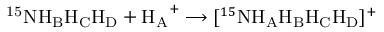
\mathrm { ^ { 1 5 } N H _ { B } H _ { C } H _ { D } } + \mathrm { H _ { A } } ^ { + } \longrightarrow [ ^ { 1 5 } \mathrm { N H _ { A } H _ { B } H _ { C } H _ { D } } ] ^ { + }